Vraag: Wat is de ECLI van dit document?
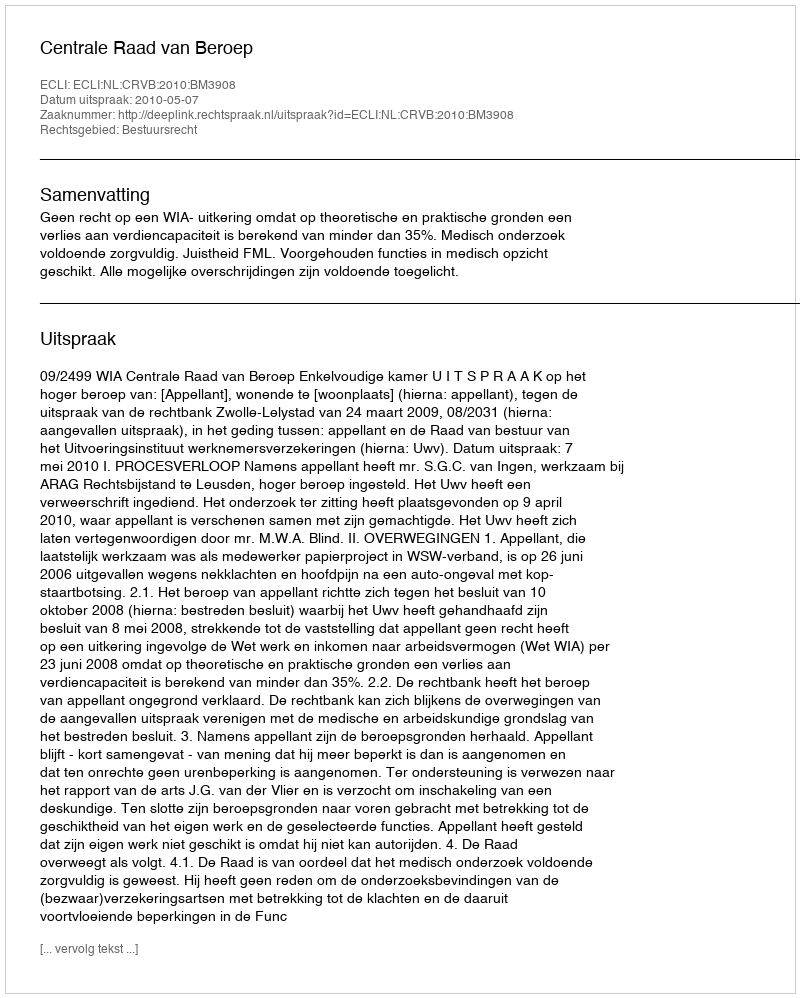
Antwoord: ECLI:NL:CRVB:2010:BM3908